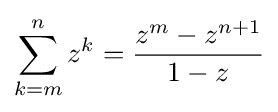
\sum _{k=m}^{n}z^{k}={\frac {z^{m}-z^{n+1}}{1-z}}